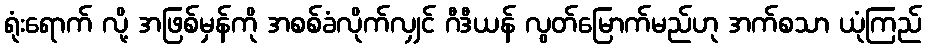
ရုံးရောက် လို့ အဖြစ်မှန်ကို အစစ်ခံလိုက်လျှင် ဂီဒီယန် လွတ်မြောက်မည်ဟု အက်စသာ ယုံကြည်